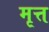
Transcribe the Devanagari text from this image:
मृत्त